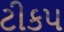
ટીકપ